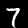
Digit: 7